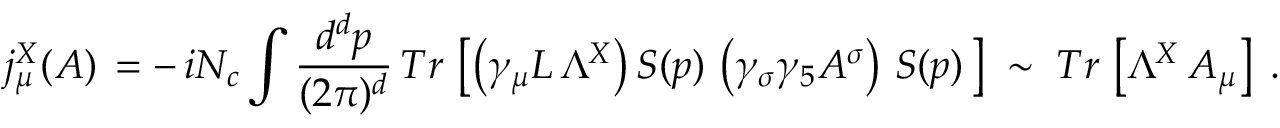
j _ { \mu } ^ { X } ( { \cal { A } } ) \, = - \, i N _ { c } \int \frac { d ^ { d } p } { ( 2 \pi ) ^ { d } } \, T r \, \left[ \left( \gamma _ { \mu } L \, \Lambda ^ { X } \right) S ( p ) \, \left( \gamma _ { \sigma } \gamma _ { 5 } { \cal { A } } ^ { \sigma } \right) \, S ( p ) \, \right] \; \sim \; T r \, \left[ \Lambda ^ { X } \, { \cal { A } } _ { \mu } \right] \; .